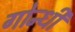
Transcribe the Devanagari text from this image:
गोन्धी